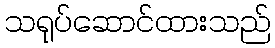
သရုပ်ဆောင်ထားသည်